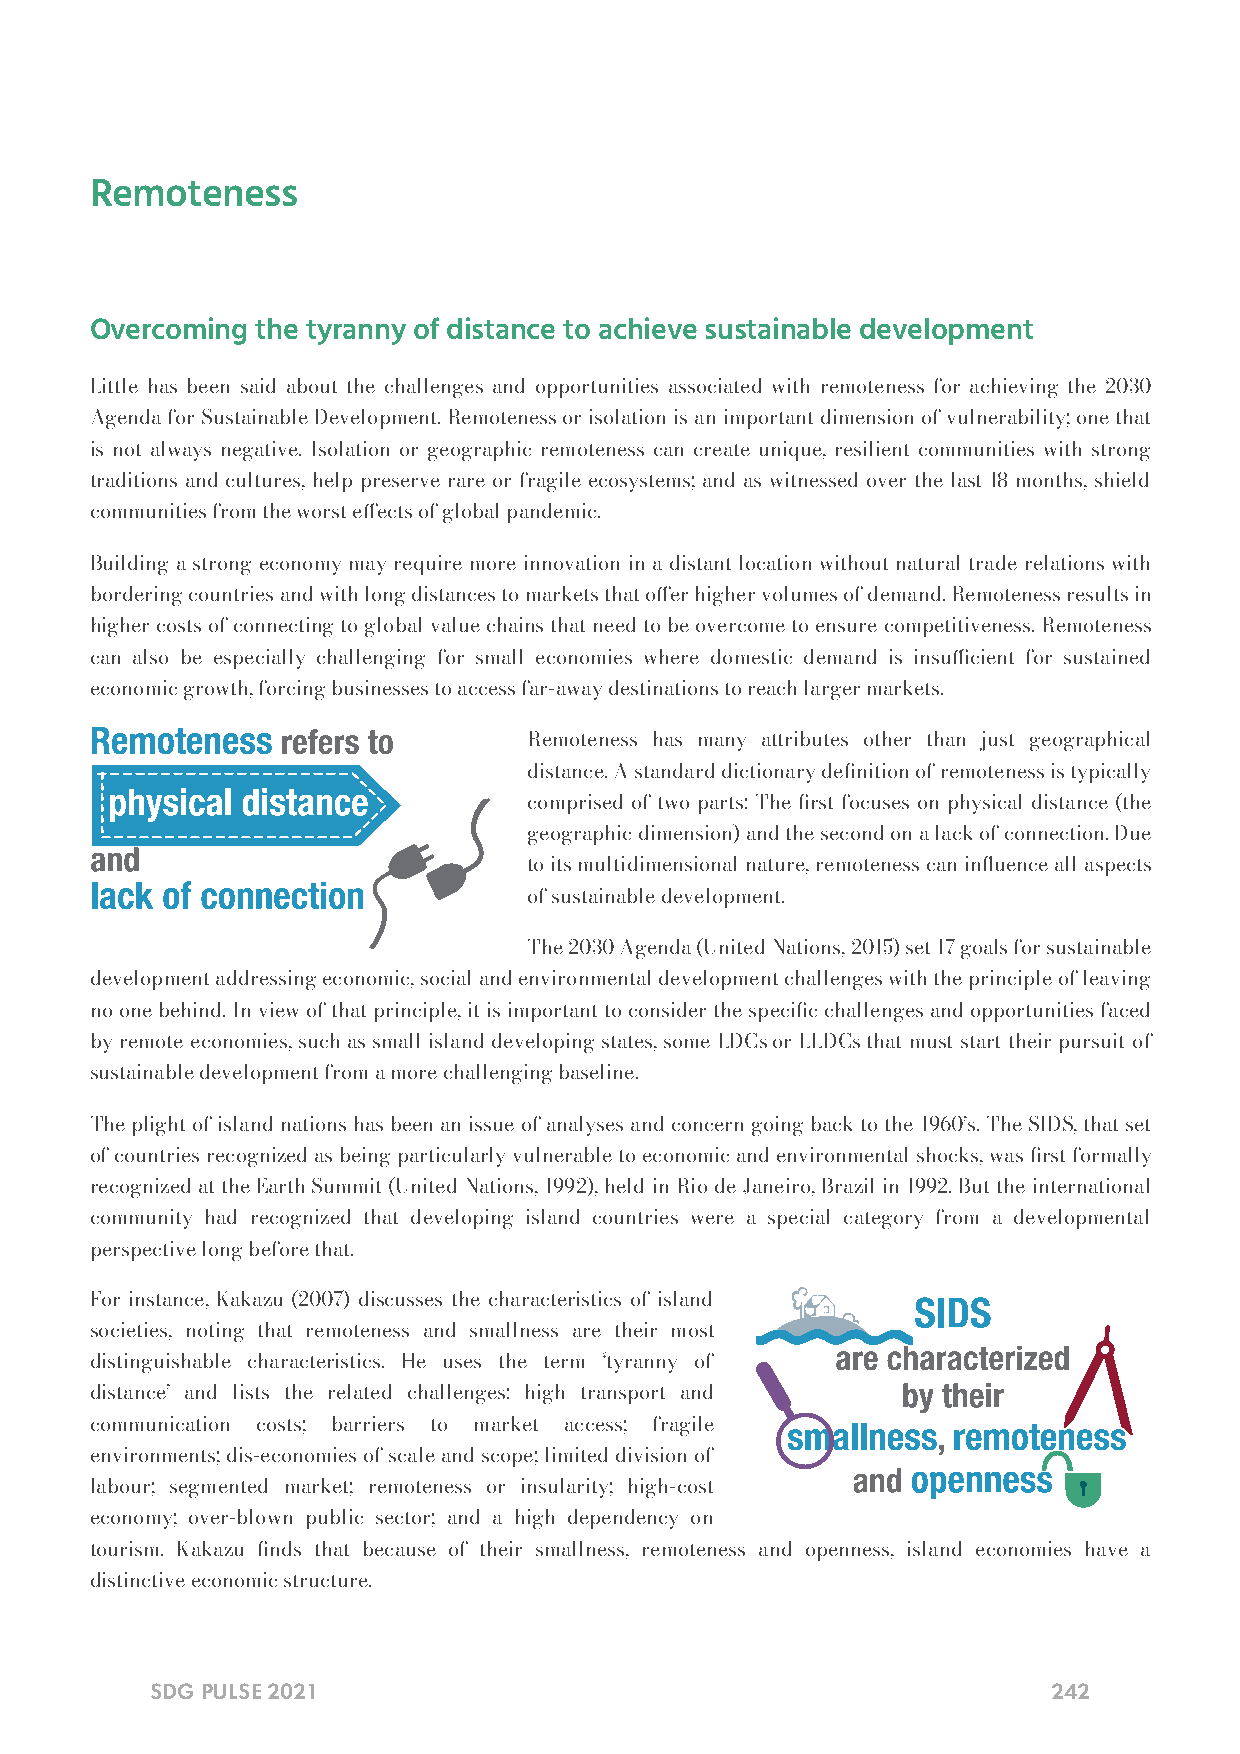
Remoteness
 Overcoming the tyranny of distance to achieve sustainable development
 Little has been said about the challenges and opportunities associated with remoteness for achieving the 2030
 Agenda for Sustainable Development. Remoteness or isolation is an important dimension of vulnerability; one that
 is not always negative. Isolation or geographic remoteness can create unique, resilient communities with strong
 traditions and cultures, help preserve rare or fragile ecosystems; and as witnessed over the last 18 months, shield
 communities from the worst eects of global pandemic.
 Building a strong economy may require more innovation in a distant location without natural trade relations with
 bordering countries and with long distances to markets that oer higher volumes of demand. Remoteness results in
 higher costs of connecting to global value chains that need to be overcome to ensure competitiveness. Remoteness
 can also be especially challenging for small economies where domestic demand is insucient for sustained
 economic growth, forcing businesses to access far-away destinations to reach larger markets.
 Remoteness has many attributes other than just geographical
 distance. A standard dictionary denition of remoteness is typically
 comprised of two parts: The rst focuses on physical distance (the
 geographic dimension) and the second on a lack of connection. Due
 to its multidimensional nature, remoteness can inuence all aspects
 of sustainable development.
 The 2030 Agenda (United Nations, 2015) set 17 goals for sustainable
 development addressing economic, social and environmental development challenges with the principle of leaving
 no one behind. In view of that principle, it is important to consider the specic challenges and opportunities faced
 by remote economies, such as small island developing states, some LDCs or LLDCs that must start their pursuit of
 sustainable development from a more challenging baseline.
 The plight of island nations has been an issue of analyses and concern going back to the 1960’s. The SIDS, that set
 of countries recognized as being particularly vulnerable to economic and environmental shocks, was rst formally
 recognized at the Earth Summit (United Nations, 1992), held in Rio de Janeiro, Brazil in 1992. But the international
 community had recognized that developing island countries were a special category from a developmental
 perspective long before that.
 For instance, Kakazu (2007) discusses the characteristics of island
 societies, noting that remoteness and smallness are their most
 distinguishable characteristics. He uses the term ‘tyranny of
 distance’ and lists the related challenges: high transport and
 communication costs; barriers to market access; fragile
 environments; dis-economies of scale and scope; limited division of
 labour; segmented market; remoteness or insularity; high-cost
 economy; over-blown public sector; and a high dependency on
 tourism. Kakazu nds that because of their smallness, remoteness and openness, island economies have a
 distinctive economic structure.
 SDG PULSE 2021                                              242